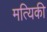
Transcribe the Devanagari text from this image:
मत्यिकी